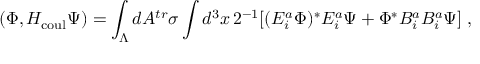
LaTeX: ( \Phi , H _ { \mathrm { c o u l } } \Psi ) = \int _ { \Lambda } d A ^ { t r } \sigma \int d ^ { 3 } x \, 2 ^ { - 1 } [ ( E _ { i } ^ { a } \Phi ) ^ { * } E _ { i } ^ { a } \Psi + \Phi ^ { * } B _ { i } ^ { a } B _ { i } ^ { a } \Psi ] \; \mathrm { , }